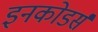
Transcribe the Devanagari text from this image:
इनकोडर्स